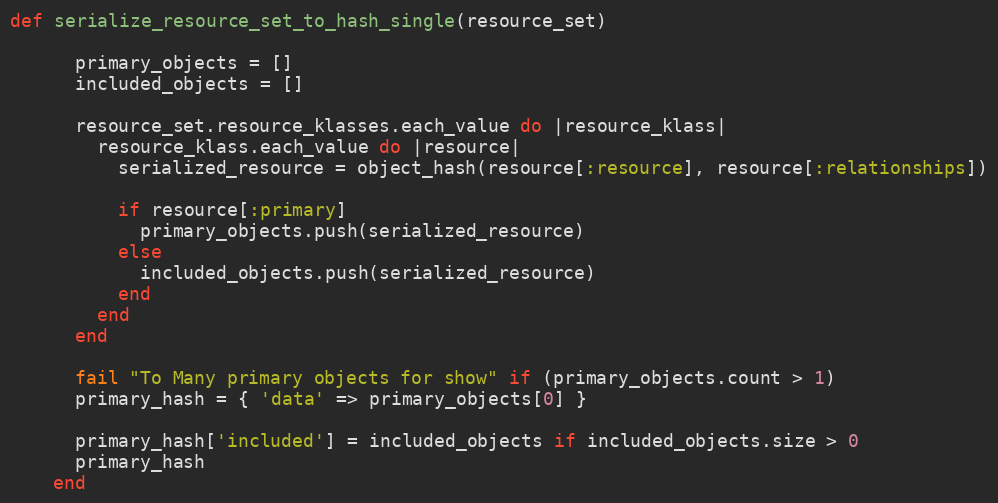
Language: Ruby
def serialize_resource_set_to_hash_single(resource_set)

      primary_objects = []
      included_objects = []

      resource_set.resource_klasses.each_value do |resource_klass|
        resource_klass.each_value do |resource|
          serialized_resource = object_hash(resource[:resource], resource[:relationships])

          if resource[:primary]
            primary_objects.push(serialized_resource)
          else
            included_objects.push(serialized_resource)
          end
        end
      end

      fail "To Many primary objects for show" if (primary_objects.count > 1)
      primary_hash = { 'data' => primary_objects[0] }

      primary_hash['included'] = included_objects if included_objects.size > 0
      primary_hash
    end